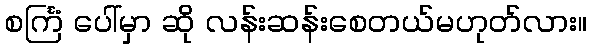
စင်္ကြံ ပေါ်မှာ ဆို လန်းဆန်းစေတယ်မဟုတ်လား။